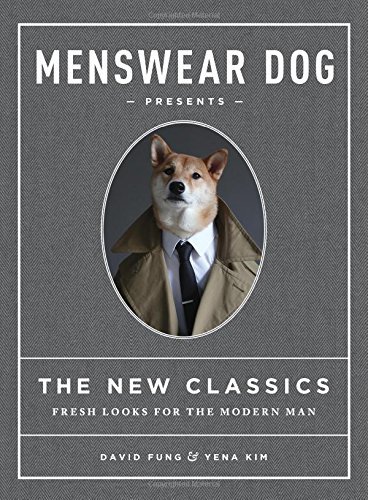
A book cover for Menswear Dog Presents the New Classics: Fresh Looks for the Modern Man; David Fung; Arts & Photography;